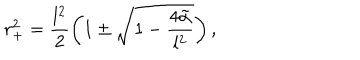
LaTeX: r _ { + } ^ { 2 } = \frac { l ^ { 2 } } { 2 } \left( 1 \pm \sqrt { 1 - \frac { 4 \tilde { \alpha } } { l ^ { 2 } } } \right) ,